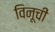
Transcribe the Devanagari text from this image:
विनूची